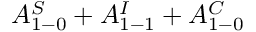
A _ { 1 - 0 } ^ { S } + A _ { 1 - 1 } ^ { I } + A _ { 1 - 0 } ^ { C }